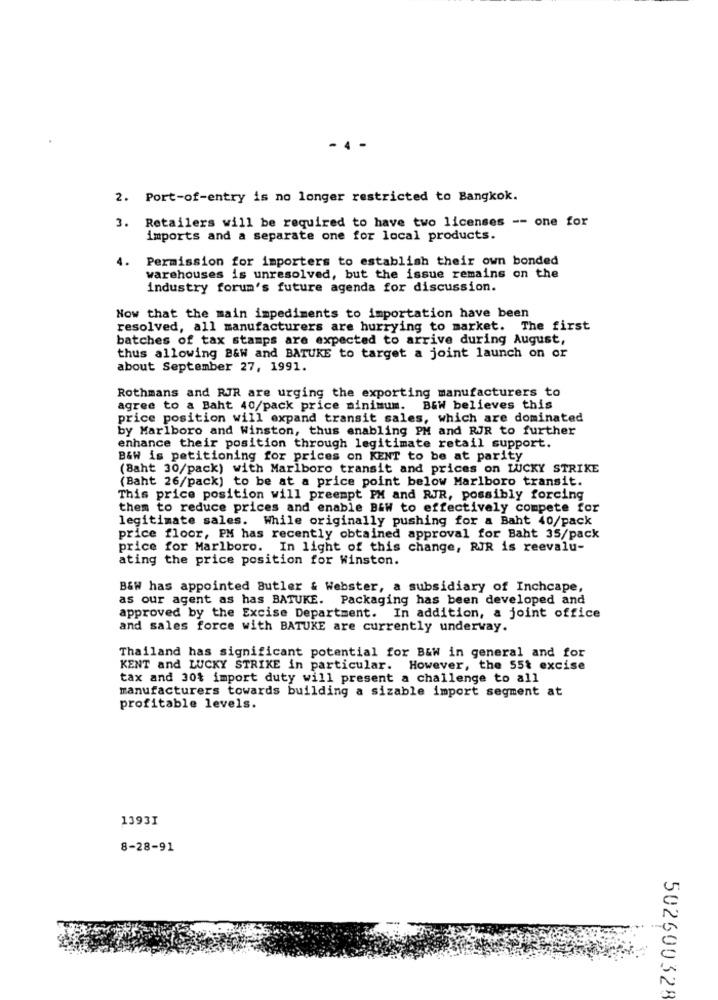
2. Port-of-entry is no longer restricted to Bangkok.
3. Retailers will be required to have two licenses -- one for
imports and a separate one for local products.
4.
Permission for importers to establish their own bonded
warehouses is unresolved, but the issue remains on the
industry forum's future agenda for discussion.
Now that the main impediments to importation have been
resolved, all manufacturers are hurrying to market. The first
batches of tax stamps are expected to arrive during August,
thus allowing B&W and BATUKE to target a joint launch on or
about September 27, 1991.
Rothmans and RJR are urging the exporting manufacturers to
agree to a Baht 40/pack price minimum. B&W believes this
price position will expand transit sales, which are dominated
by Marlboro and Winston, thus enabling PM and RJR to further
enhance their position through legitimate retail support.
B&W is petitioning for prices on KENT to be at parity
(Baht 30/pack) with Marlboro transit and prices on LUCKY STRIKE
(Baht 26/pack) to be at a price point below Marlboro transit.
This price position will preempt PM and RJR, possibly forcing
them to reduce prices and enable B&W to effectively compete for
legitimate sales. While originally pushing for a Baht 40/pack
price floor, PM has recently obtained approval for Baht 35/pack
price for Marlboro. In light of this change, RIR is reevalu-
ating the price position for Winston.
B&W has appointed Butler & Webster, a subsidiary of Inchcape,
as our agent as has BATUKE. Packaging has been developed and
approved by the Excise Department. In addition, a joint office
and sales force with BATUKE are currently underway.
Thailand has significant potential for B&W in general and for
KENT and LUCKY STRIKE in particular. However, the 55t excise
tax and 30% import duty will present a challenge to all
manufacturers towards building a sizable import segment at
profitable levels.
1393I
8-28-91
502600328